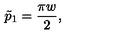
\tilde { p } _ { 1 } = { \frac { \pi w } { 2 } } ,